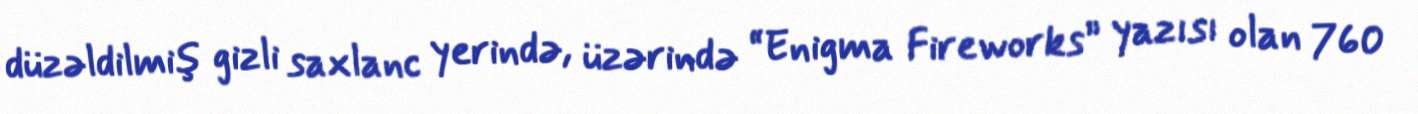
düzəldilmiş gizli saxlanc yerində, üzərində “Enigma Fireworks” yazısı olan 760